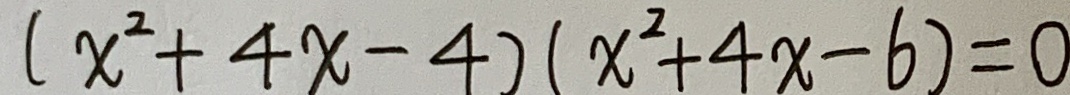
( x ^ { 2 } + 4 x - 4 ) ( x ^ { 2 } + 4 x - 6 ) = 0